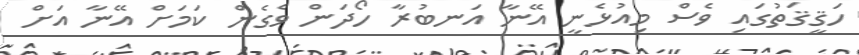
ހަޤީޤަތުގައި ވެސް މިއުޅެނީ އޭނާ އަނބުރާ ހޯދަން ވެގެން ކަމަށް އޭނާ އަށް